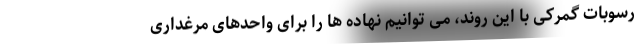
رسوبات گمرکی با این روند، می توانیم نهاده ها را برای واحدهای مرغداری